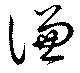
謙